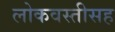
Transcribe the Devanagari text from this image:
लोकवस्तीसह